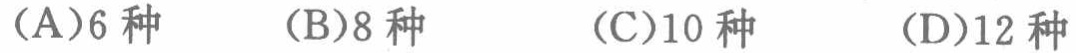
(A)6种  (B)8种  (C)10种  (D)12种